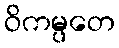
ဝိကမ္ပတေ